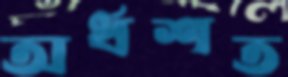
অর্ধশত